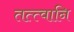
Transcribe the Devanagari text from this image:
तत्त्वानि